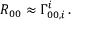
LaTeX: R _ { 0 0 } \approx \Gamma _ { 0 0 , i } ^ { i } \, .